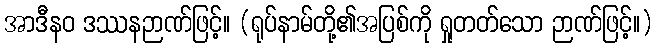
အာဒီနဝ ဒဿနဉာဏ်ဖြင့်။ (ရုပ်နာမ်တို့၏အပြစ်ကို ရှုတတ်သော ဉာဏ်ဖြင့်။)